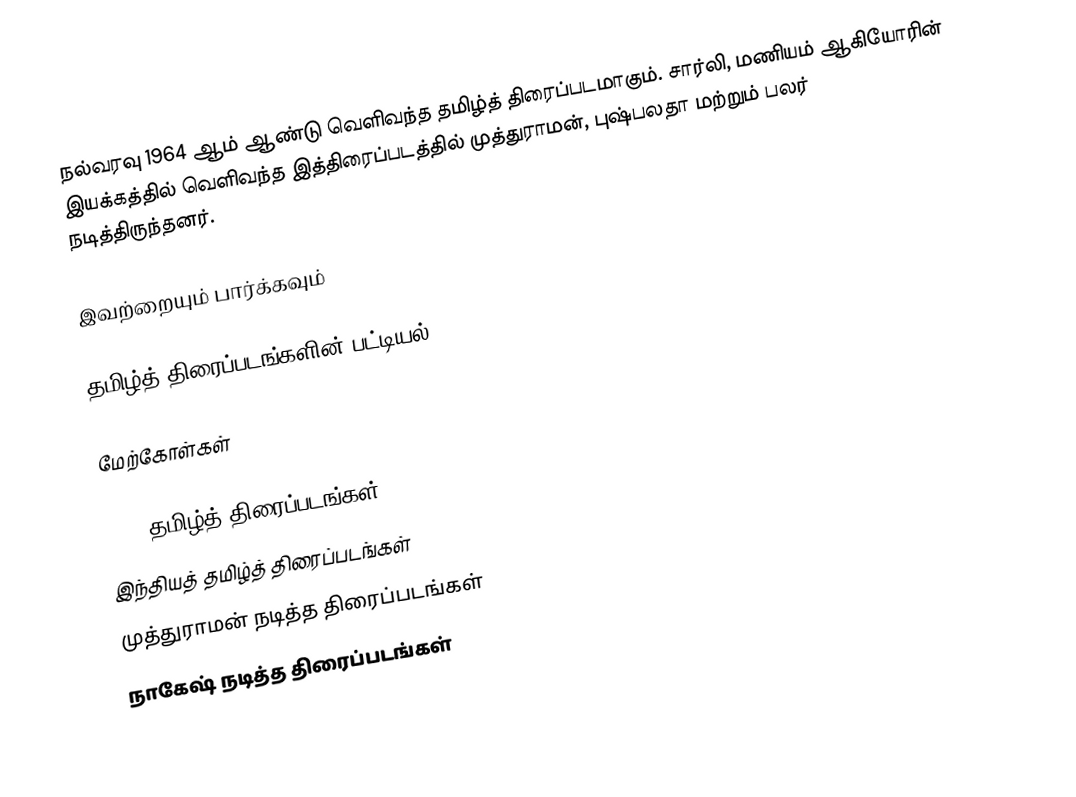
நல்வரவு 1964 ஆம் ஆண்டு வெளிவந்த தமிழ்த் திரைப்படமாகும். சார்லி, மணியம் ஆகியோரின் இயக்கத்தில் வெளிவந்த இத்திரைப்படத்தில் முத்துராமன், புஷ்பலதா மற்றும் பலர் நடித்திருந்தனர்.

இவற்றையும் பார்க்கவும்

 தமிழ்த் திரைப்படங்களின் பட்டியல், 1964

மேற்கோள்கள்

1964 தமிழ்த் திரைப்படங்கள்
இந்தியத் தமிழ்த் திரைப்படங்கள்
முத்துராமன் நடித்த திரைப்படங்கள்
நாகேஷ் நடித்த திரைப்படங்கள்